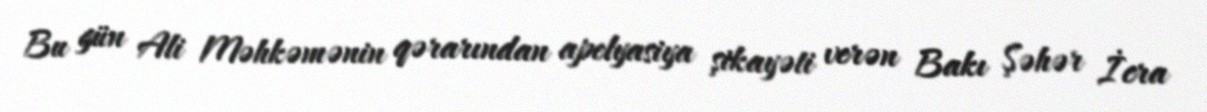
Bu gün Ali Məhkəmənin qərarından apelyasiya şikayəti verən Bakı Şəhər İcra